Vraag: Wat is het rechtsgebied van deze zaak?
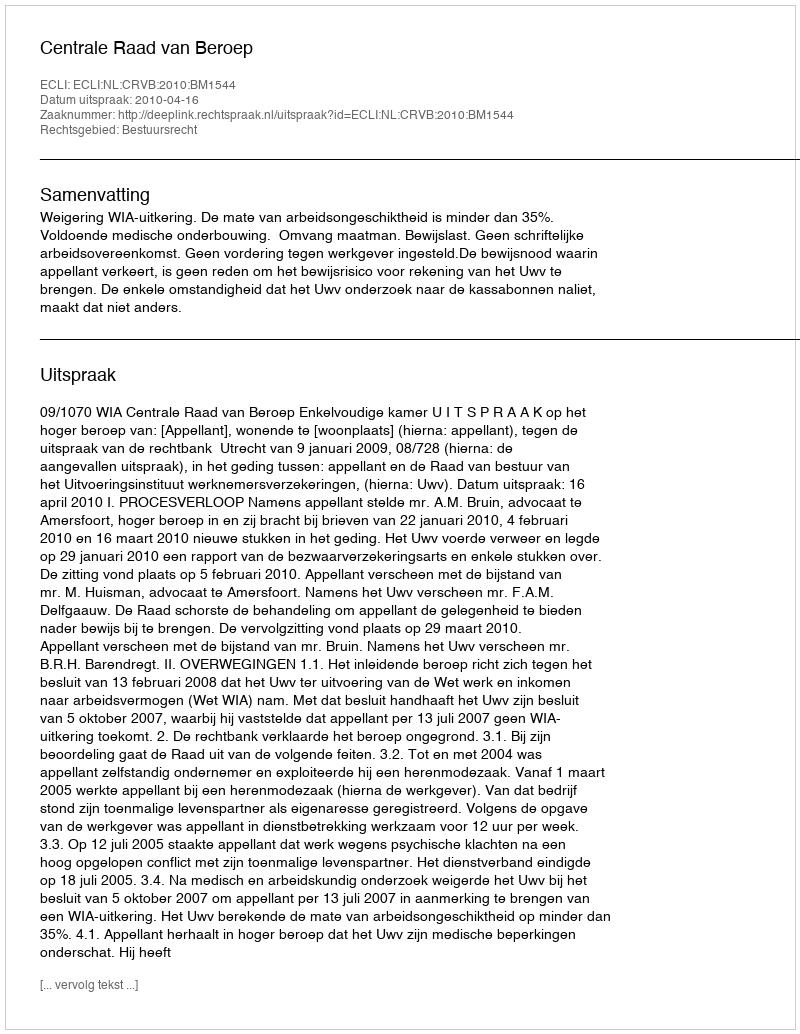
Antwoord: Bestuursrecht